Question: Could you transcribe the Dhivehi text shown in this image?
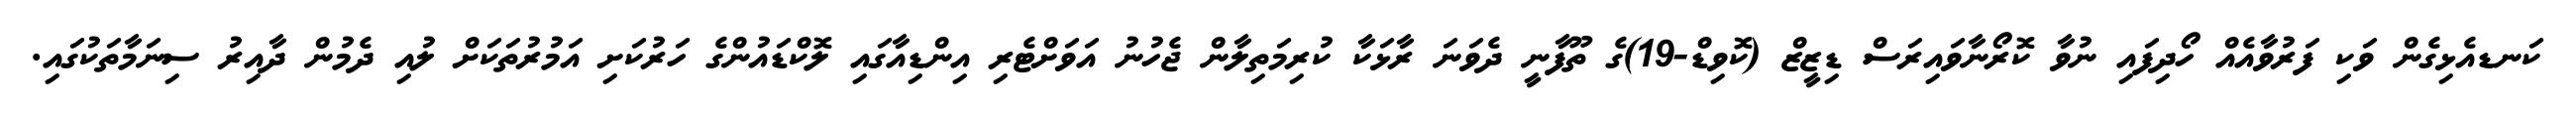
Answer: ކަނޑއެޅިގެން ވަކި ފަރުވާއެއް ހޯދިފައި ނުވާ ކޮރޯނާވައިރަސް ޑިޒީޒް (ކޮވިޑް-19)ގެ ތޫފާނީ ދެވަނަ ރާޅަކާ ކުރިމަތިލާން ޖެހުނު އަވަށްޓެރި އިންޑިއާގައި ލޮކްޑައުންގެ ހަރުކަށި އަމުރުތަކަށް ލުއި ދެމުން ދާއިރު ސިނަމާތަކުގައި.